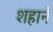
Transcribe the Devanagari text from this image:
शहानें